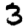
Digit: 3